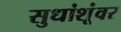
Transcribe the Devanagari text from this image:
सुधांशूंवर